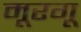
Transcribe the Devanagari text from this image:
मूरगू